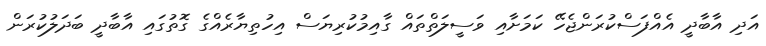
އަދި އާބާދީ އެއްފަސްކުރަންޖެހޭ ކަމަށާއި ވަސީލަތްތައް ގާއިމުކުރިޔަސް އިހުތިޔާރެއްގެ ގޮތުގައި އާބާދީ ބަދަލުކުރަން